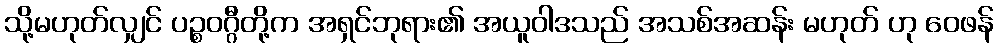
သို့မဟုတ်လျှင် ပဉ္စဝဂ္ဂီတို့က အရှင်ဘုရား၏ အယူဝါဒသည် အသစ်အဆန်း မဟုတ် ဟု ဝေဖန်